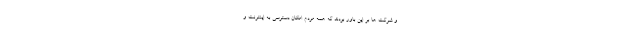
و شرکت ها بر این باور بودند که همه مردم امکان دسترسی به اینترنت و